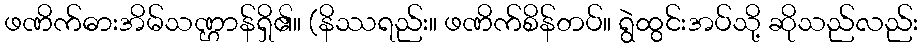
ဖဏိက်ဓားအိမ်သဏ္ဌာန်ရှိ၏။ (နိဿရည်း။ ဖဏိက်စိန်တပ်။ ရွဲထွင်းအပ်သို့ ဆိုသည်လည်း